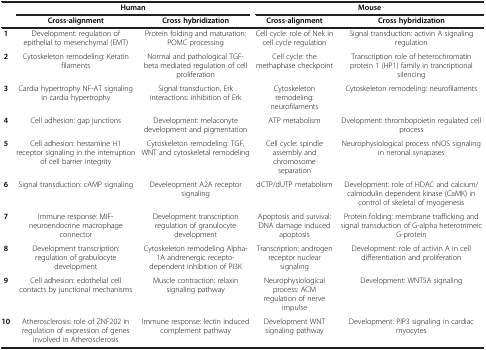
<table><thead><tr><td><b> </b></td><td colspan="2"><b>Human</b></td><td colspan="2"><b>Mouse</b></td></tr><tr><td><b> </b></td><td><b>Cross-alignment</b></td><td><b>Cross hybridization</b></td><td><b>Cross-alignment</b></td><td><b>Cross hybridization</b></td></tr></thead><tbody><tr><td><b>1</b></td><td>Development: regulation of epithelial to mesenchymal (EMT)</td><td>Protein folding and maturation: POMC processing</td><td>Cell cycle: role of Nek in cell cycle regulation</td><td>Signal transduction: activin A signaling regulation</td></tr><tr><td><b>2</b></td><td>Cytoskeleton remodeling: Keratin filaments</td><td>Normal and pathological TGF-beta mediated regulation of cell proliferation</td><td>Cell cycle: the methaphase checkpoint</td><td>Transcription role of heterochromatin protein 1 (HP1) family in trancriptional silencing</td></tr><tr><td><b>3</b></td><td>Cardia hypertrophy NF-AT signaling in cardia hypertrophy</td><td>Signal transduction, Erk interactions: inhibition of Erk</td><td>Cytoskeleton remodeling: neurofilaments</td><td>Cytoskeleton remodeling: neurofilaments</td></tr><tr><td><b>4</b></td><td>Cell adhesion: gap junctions</td><td>Development: melaconyte development and pigmentation</td><td>ATP metabolism</td><td>Dvelopment: thrombopoietin regulated cell process</td></tr><tr><td><b>5</b></td><td>Cell adhesion: hestamine H1 receptor signaling in the interruption of cell barrier integrity</td><td>Cytoskeleton remodeling: TGF, WNT and cytoskeletal remodeling</td><td>Cell cycle: spindle assembly and chromosome separation</td><td>Neurophysiological process nNOS signaling in neronal synapases</td></tr><tr><td><b>6</b></td><td>Signal transduction: cAMP signaling</td><td>Develeopment A2A receptor signaling</td><td>dCTP/dUTP metabolism</td><td>Development: role of HDAC and calcium/calmodulin dependent kinase (CaMK) in control of skeletal of myogenesis</td></tr><tr><td><b>7</b></td><td>Immune response: MIF-neuroendocrine macrophage connector</td><td>Development transcription regulation of granulocyte development</td><td>Apoptosis and survival: DNA damage induced apoptosis</td><td>Protein folding: membrane trafficking and signal transduction of G-alpha heterotrimeic G-protein</td></tr><tr><td><b>8</b></td><td>Development transcription: regulation of grabulocyte development</td><td>Cytoskeleton remodeling Alpha-1A andrenergic recepto- dependent inhibition of PI3K</td><td>Transcription: androgen receptor nuclear signaling</td><td>Development: role of activin A in cell differentiation and proliferation</td></tr><tr><td><b>9</b></td><td>Cell adhesion: edothelial cell contacts by junctional mechanisms</td><td>Muscle contraction: relaxin signaling pathway</td><td>Neurophysiological process: ACM regulation of nerve impulse</td><td>Development: WNT5A signaling</td></tr><tr><td><b>10</b></td><td>Atherosclerosis: role of ZNF202 in regulation of expression of genes involved in Atherosclerosis</td><td>Immune response: lectin induced complement pathway</td><td>Development WNT signaling pathway</td><td>Development: PIP3 signaling in cardiac myocytes</td></tr></tbody></table>